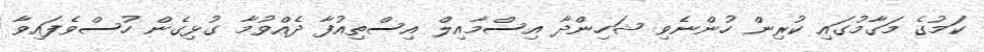
ކަމުގެ މަގާމުގައި ކުރިން ހުންނެވި ޝަހިންދާ އިސްމާއިލް އިސްތިއުފާ ދެއްވުމާ ގުޅިގެން ހުސްވެފައިވާ